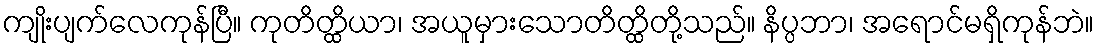
ကျိုးပျက်လေကုန်ပြီ။ ကုတိတ္ထိယာ၊ အယူမှားသောတိတ္ထိတို့သည်။ နိပ္ပဘာ၊ အရောင်မရှိကုန်ဘဲ။